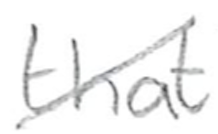
Text: that
Cross-out: diagonal
Writing tool: pencil